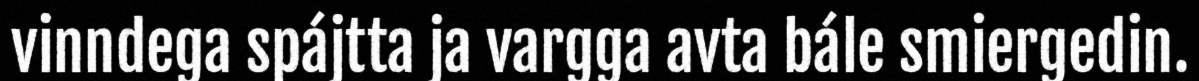
vinndega spájtta ja vargga avta bále smiergedin.